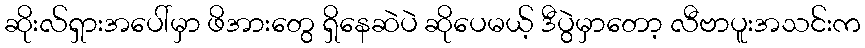
ဆိုးလ်ရှားအပေါ်မှာ ဖိအားတွေ ရှိနေဆဲပဲ ဆိုပေမယ့် ဒီပွဲမှာတော့ လီဗာပူးအသင်းက